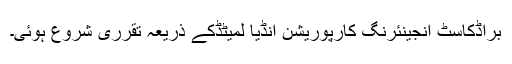
براڈکاسٹ انجینئرنگ کارپوریشن انڈیا لمیٹڈکے ذریعہ تقرری شروع ہوئی۔